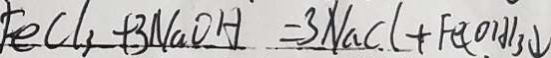
F e C l _ { 3 } + 3 N a O H = 3 N a C l + F e ( O H ) _ { 3 } \downarrow